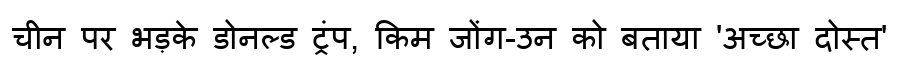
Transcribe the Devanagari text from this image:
चीन पर भड़के डोनल्ड ट्रंप, किम जोंग-उन को बताया 'अच्छा दोस्त'